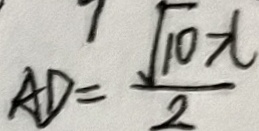
A D = \frac { \sqrt { 1 0 } x } { 2 }